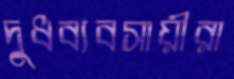
দুধব্যবসায়ীরা